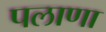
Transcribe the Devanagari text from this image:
पलाणा